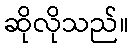
ဆိုလိုသည်။